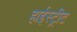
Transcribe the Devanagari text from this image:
हाईस्ट्रीट